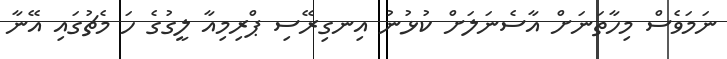
ނަމަވެސް މިހާތަނަށް އާސެނަލަށް ކުޅުނު އިނގިރޭސި ޕްރިމިއާ ލީގުގެ ހަ މެޗުގައި އޭނާ